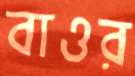
বাওর